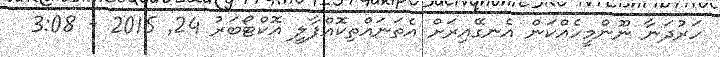
ހަރުދަނާ ނޫންމީހެއްކަން އެނގޭއިރަށް އެތަނައްތިކޮއްޕާލީ އޮކްޓޯބަރު 24